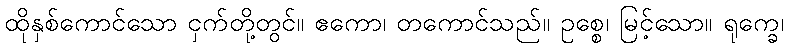
ထိုနှစ်ကောင်သော ငှက်တို့တွင်။ ဧကော၊ တကောင်သည်။ ဥစ္စေ၊ မြင့်သော။ ရုက္ခေ၊